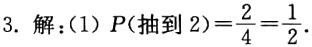
3. 解：(1) \(P(\text{抽到 }2)=\frac{2}{4}=\frac{1}{2}\).